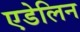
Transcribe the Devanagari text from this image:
एडेलिन